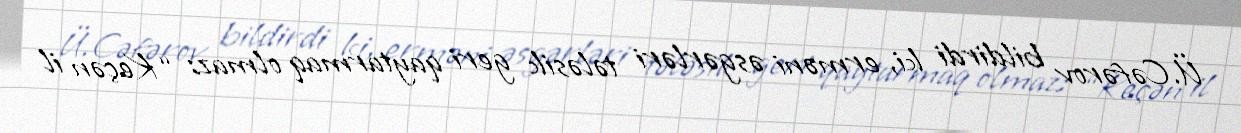
Ü.Cəfərov bildirdi ki, erməni əsgərləri tələsik geri qaytarmaq olmaz: “Keçən il